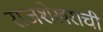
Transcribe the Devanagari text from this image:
राजशेखराची